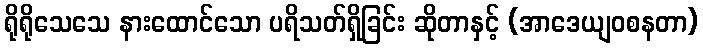
ရိုရိုသေသေ နားထောင်သော ပရိသတ်ရှိခြင်း ဆိုတာနှင့် (အာဒေယျဝစနတာ)